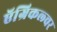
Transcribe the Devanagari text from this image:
ऍग्रिकल्चर